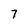
Character: 7